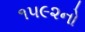
૧૫૯૨નો